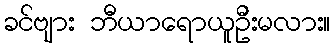
ခင်ဗျား ဘီယာရောယူဦးမလား။